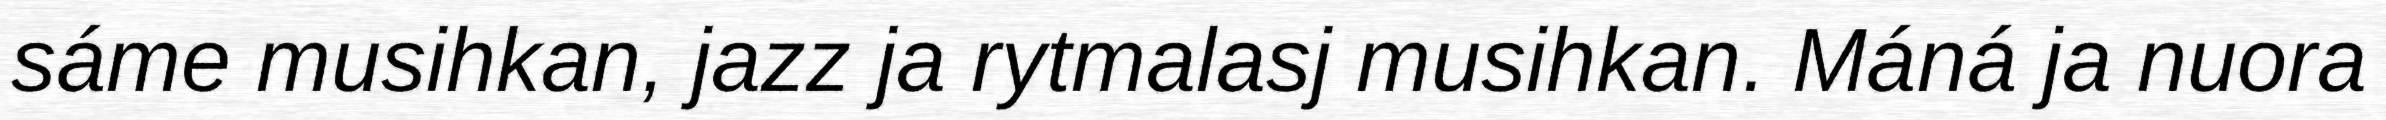
sáme musihkan, jazz ja rytmalasj musihkan. Máná ja nuora